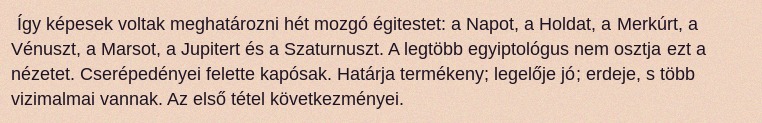
Így képesek voltak meghatározni hét mozgó égitestet: a Napot, a Holdat, a Merkúrt, a Vénuszt, a Marsot, a Jupitert és a Szaturnuszt. A legtöbb egyiptológus nem osztja ezt a nézetet. Cserépedényei felette kapósak. Határja termékeny; legelője jó; erdeje, s több vizimalmai vannak. Az első tétel következményei.